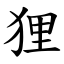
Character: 狸